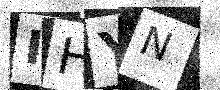
Text: IHYN